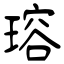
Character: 瑢